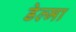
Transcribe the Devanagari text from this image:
डेल्मा